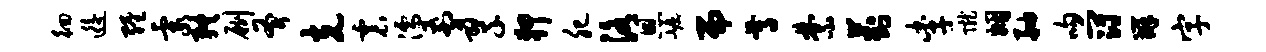
徊逅缠霞终劂斧克震濡剪翠狎肥洛恩崛而尊禁葑李陇姻舳吻冠辨字